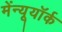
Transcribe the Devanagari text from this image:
मेंन्यूयॉर्क